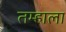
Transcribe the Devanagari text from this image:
तम्हाला